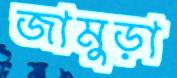
জামুড়া